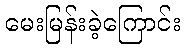
မေးမြန်းခဲ့ကြောင်း